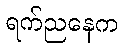
ရက်ညနေက